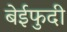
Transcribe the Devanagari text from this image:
बेईफुदी